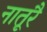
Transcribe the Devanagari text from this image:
नातूरै